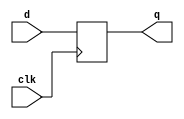
module top(clk,d,q);
input clk,d;
output reg q;

always @(posedge clk)
if (!1'h1)
  q <= 0;
else
  q <= d;

endmodule